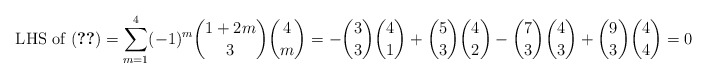
\begin{align*} \text{ LHS of (\ref{eqn:final})} = \sum_{m=1}^4 (-1)^m \binom{1+2m}{3} \binom{4}{m} = - \binom{3}{3} \binom{4}{1} + \binom{5}{3} \binom{4}{2} - \binom{7}{3} \binom{4}{3} + \binom{9}{3} \binom{4}{4} = 0 \end{align*}